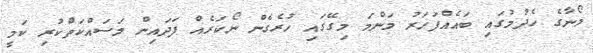
މޯނާގެ ހެދުމުގައި ބައެއްފަހަރު މަންމަ މިގޭގައި ހުރެގެން ނޯކަރެއް ފަދައިން މަސައްކަތްކުރި ކަމީ